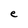
Character: e